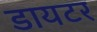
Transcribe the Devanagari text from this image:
डायटर